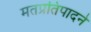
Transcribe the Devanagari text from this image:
मतप्रतिपादने